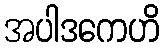
အပါဒကေဟိ